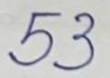
53